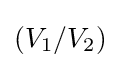
(V_{1}/V_{2})